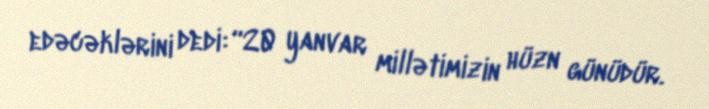
edəcəklərini dedi: “20 yanvar millətimizin hüzn günüdür.